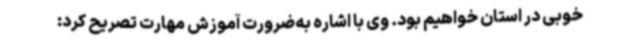
خوبی در استان خواهیم بود. وی با اشاره به‌ضرورت آموزش مهارت تصریح کرد: